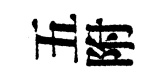
五附